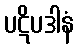
ပဋိပဒါနံ